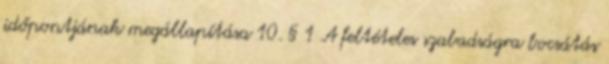
időpontjának megállapítása 10. § 1 A feltételes szabadságra bocsátás